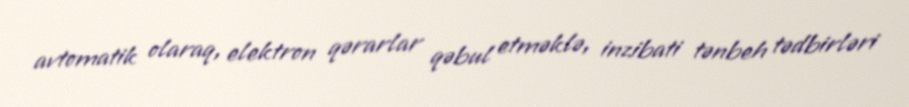
avtomatik olaraq, elektron qərarlar qəbul etməklə, inzibati tənbeh tədbirləri